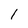
Character: 1